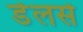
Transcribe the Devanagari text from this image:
डेलसे